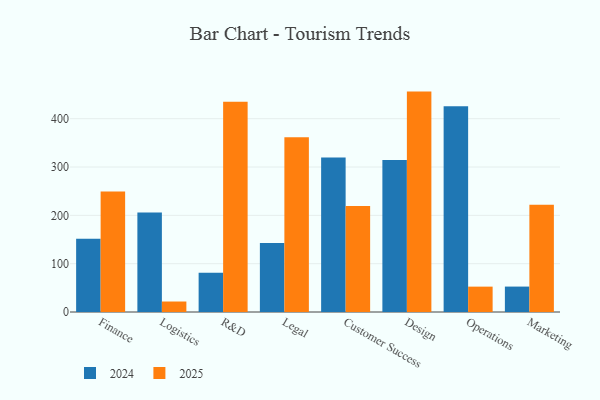
{"axis": {"x": "Department", "y": "Churn Rate (%)"}, "legend": ["2024", "2025"], "data": [{"x": "Finance", "y": 151.7, "type": "2024"}, {"x": "Finance", "y": 249.2, "type": "2025"}, {"x": "Logistics", "y": 206.1, "type": "2024"}, {"x": "Logistics", "y": 21.7, "type": "2025"}, {"x": "R&D", "y": 81.0, "type": "2024"}, {"x": "R&D", "y": 434.9, "type": "2025"}, {"x": "Legal", "y": 142.9, "type": "2024"}, {"x": "Legal", "y": 361.7, "type": "2025"}, {"x": "Customer Success", "y": 319.6, "type": "2024"}, {"x": "Customer Success", "y": 219.4, "type": "2025"}, {"x": "Design", "y": 314.7, "type": "2024"}, {"x": "Design", "y": 456.1, "type": "2025"}, {"x": "Operations", "y": 425.7, "type": "2024"}, {"x": "Operations", "y": 52.5, "type": "2025"}, {"x": "Marketing", "y": 52.6, "type": "2024"}, {"x": "Marketing", "y": 221.7, "type": "2025"}]}